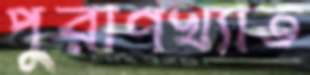
পুরাণখ্যাত